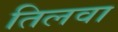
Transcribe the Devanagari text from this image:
तिलवा